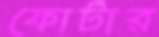
ফোটার